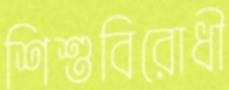
শিশুবিরোধী